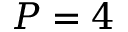
P = 4